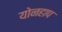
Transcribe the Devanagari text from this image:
योनहाप